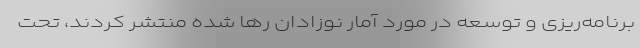
برنامه‌ریزی و توسعه در مورد آمار نوزادان رها شده منتشر کردند، تحت